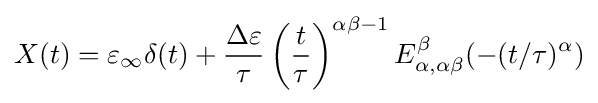
X(t)=\varepsilon _{\infty }\delta (t)+{\frac {\Delta \varepsilon }{\tau }}\left({\frac {t}{\tau }}\right)^{\alpha \beta -1}E_{\alpha ,\alpha \beta }^{\beta }(-(t/\tau )^{\alpha })